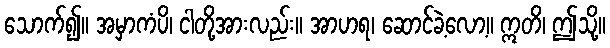
သောက်၍။ အမှာကံပိ၊ ငါတို့အားလည်း။ အာဟရ၊ ဆောင်ခဲ့လော့။ ဣတိ၊ ဤသို့။